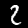
Label: 2